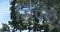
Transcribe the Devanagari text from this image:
सिपल